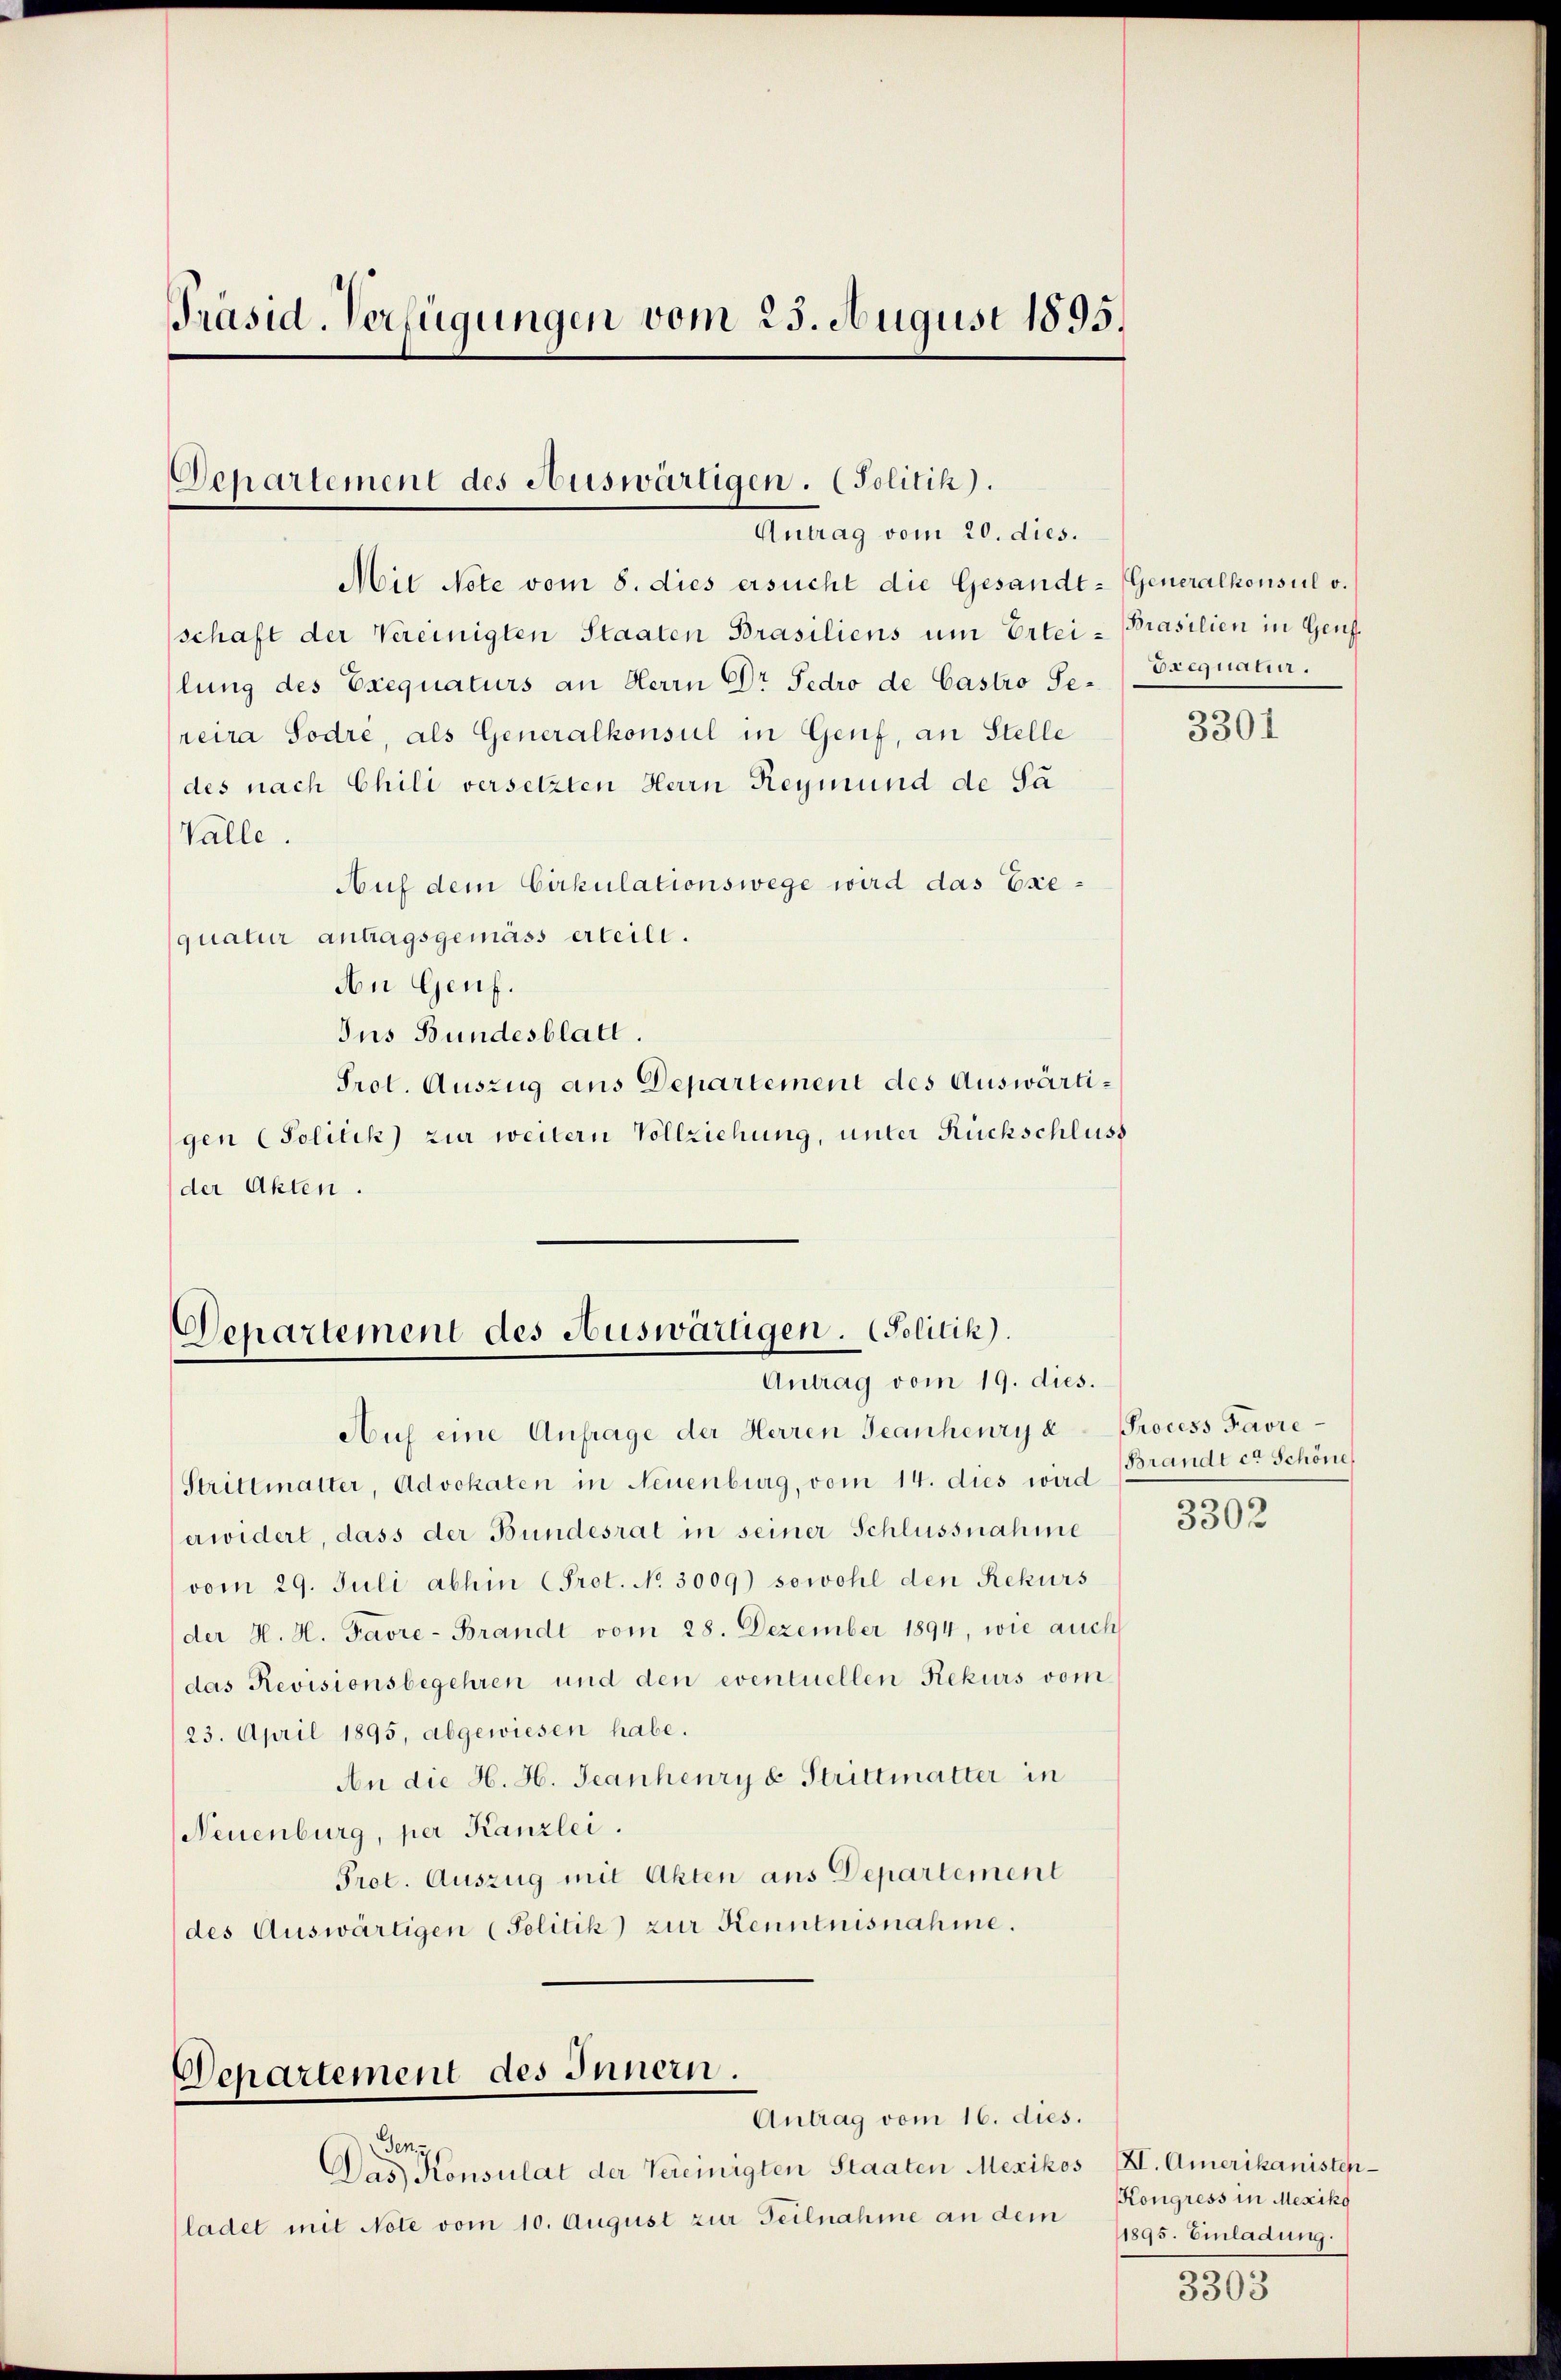
Präsid. Verfügungen vom 23. August 1895.

Departement des Auswärtigen. (Politik).
Antrag vom 20. dies.

Departement des Auswärtigen. Solitik).
Antrag vom 19. dies.

Mie Note vom 8. dies ersucht die Gesandt-Generalkonsul v.
schaft der Vereinigten Staaten Brasiliens um Erteilung des Exequaturs an Herrn Dr Fedro de Castro Se-Drequatur.
reira Sodre, als Generalkonsul in Genf, an Stelle
des nach Chili versetzten Herrn Reymund de Sa
Valle.
Auf dem Cirkulationswege wird das Exequatur antragsgemäss erteilt.
An Genf.
Jus Bundesblatt.
Prot. Auszug aus Departement des Auswärtigen (Politik zur weitern Vollziehung, unter Rückschluss
der Akten.

Departement des Innern.
Antrag vom 16. dies.

Gen.
Das Konsulat der Vereinigten Staaten Mexikos IX. Amerikanistenladet mit Note vom 10. August zur Teilnahme an dem

Auf eine Anfrage der Herren Jeanheury a-Process Favre¬
Strittmatter, Advokaten in Neuenburg, vom 14. dies wird
erwidert, dass der Bundesrat in seiner Schlussnahme
vom 29. Juli abhin (Prot. No. 3009) sowohl den Rekurs
der H. H. Favre-Brandt vom 28. Dezember 1894, wie auch
das Revisionsbegehren und den eventuellen Rekurs vom
23. April 1895, abgewiesen habe.
An die H. H. Jeanheury u. Strittmatter in
Neuenburg, per Kanzlei.
Prot. Auszug mit Akten aus Departement
des Auswärtigen (Politik) zur Kenntnisnahme.

Brasilien in Genf.

3301

Brandt et Schöne
3302

KKongress in Mexiko
1895. Einladung.

3303